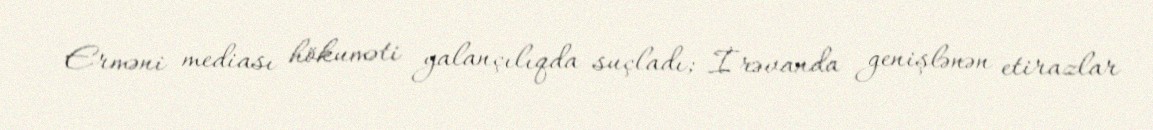
Erməni mediası hökuməti yalançılıqda suçladı; İrəvanda genişlənən etirazlar